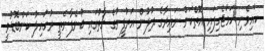
ކައިވެނި ހަމަޖެހިފައި އޮތްކަން ނައިރާގެ ދުލުން އަރުފީނުގެ ގާތުގައި ބުނެފާނެތީ ރުހައިލު ކަންބޮޑުވީ